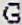
G